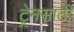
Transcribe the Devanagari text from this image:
ट्रेनसाठी